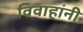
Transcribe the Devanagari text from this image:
विवाहांनी